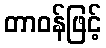
တာဝန်ဖြင့်